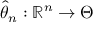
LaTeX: { \hat { \theta } } _ { n } : \mathbb { R } ^ { n } \to \Theta